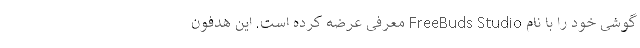
گوشی خود را با نام FreeBuds Studio معرفی عرضه کرده است. این هدفون